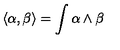
\langle \alpha , \beta \rangle = \int \alpha \wedge \beta